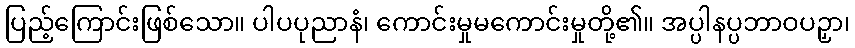
ပြည့်ကြောင်းဖြစ်သော။ ပါပပုညာနံ၊ ကောင်းမှုမကောင်းမှုတို့၏။ အပ္ပါနပ္ပဘာဝပဉှာ၊